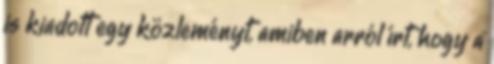
is kiadott egy közleményt, amiben arról írt, hogy a